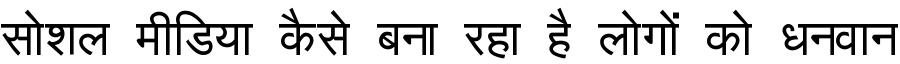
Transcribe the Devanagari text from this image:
सोशल मीडिया कैसे बना रहा है लोगों को धनवान